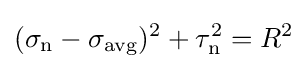
(\sigma _{\mathrm {n} }-\sigma _{\mathrm {avg} })^{2}+\tau _{\mathrm {n} }^{2}=R^{2}\,\!